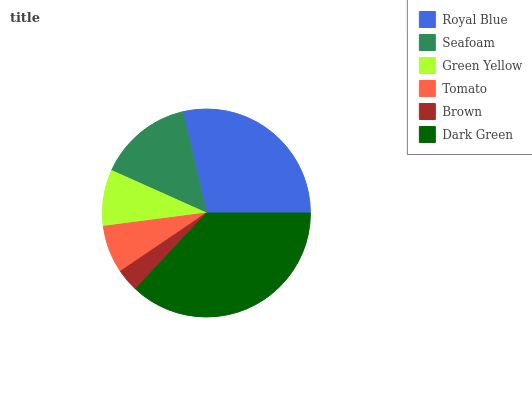
| Royal Blue | Seafoam | Green Yellow | Tomato | Brown | Dark Green |
 | --- | --- | --- | --- | --- | --- |
 | 28.7% | 14.6% | 8.76% | 7.44% | 3.55% | 36.9% |